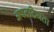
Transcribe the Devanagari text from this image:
अपतटियता